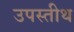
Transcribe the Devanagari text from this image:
उपस्तीथ